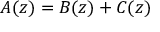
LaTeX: A ( z ) = B ( z ) + C ( z )